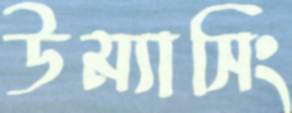
উম্যাসিং